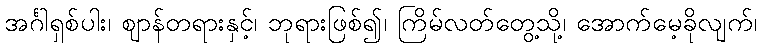
အင်္ဂါရှစ်ပါး၊ ဈာန်တရားနှင့်၊ ဘုရားဖြစ်၍၊ ကြိမ်လတ်တွေ့သို့၊ အောက်မေ့ခိုလျက်၊